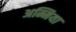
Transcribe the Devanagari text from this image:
अम्मिया